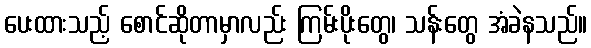
ပေးထားသည့် စောင်ဆိုတာမှာလည်း ကြမ်းပိုးတွေ၊ သန်းတွေ အံခဲနသည်။